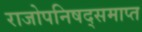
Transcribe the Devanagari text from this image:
राजोपनिषद्समाप्त